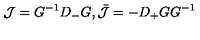
{ \cal J } = G ^ { - 1 } D _ { - } G , \bar { \cal J } = - D _ { + } G G ^ { - 1 }